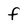
Character: f